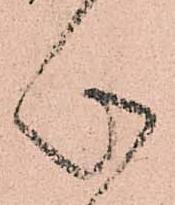
心